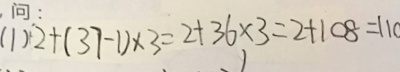
( 1 ) 2 + ( 3 7 - 1 ) \times 3 = 2 + 3 6 \times 3 = 2 + 1 0 8 = 1 1 0